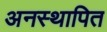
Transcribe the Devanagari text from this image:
अनस्थापित